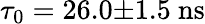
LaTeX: \tau_{0}=26.0{\pm}1.5\ \mathrm{ns}